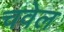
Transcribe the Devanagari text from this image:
चवेल